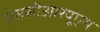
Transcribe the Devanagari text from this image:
एससीआरयूएम